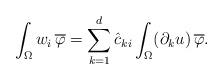
LaTeX: \begin{align*}\int_\Omega w_i \, \overline \varphi= \sum_{k=1}^d \hat c_{ki} \int_\Omega (\partial_k u) \, \overline \varphi. \end{align*}